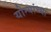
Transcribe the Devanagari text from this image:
योन्यांच्या